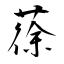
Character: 蒣